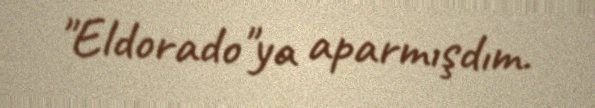
"Eldorado"ya aparmışdım.